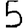
Digit: 5